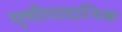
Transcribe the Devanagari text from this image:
गुणौपादानिक